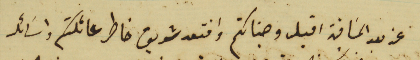
عن بعد المسافة اقبل وجناتكم وافتعد شريف خاطر عائلتكم واسَائل